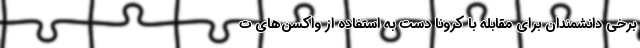
برخی دانشمندان برای مقابله با کرونا دست به استفاده از واکسن‌های ت